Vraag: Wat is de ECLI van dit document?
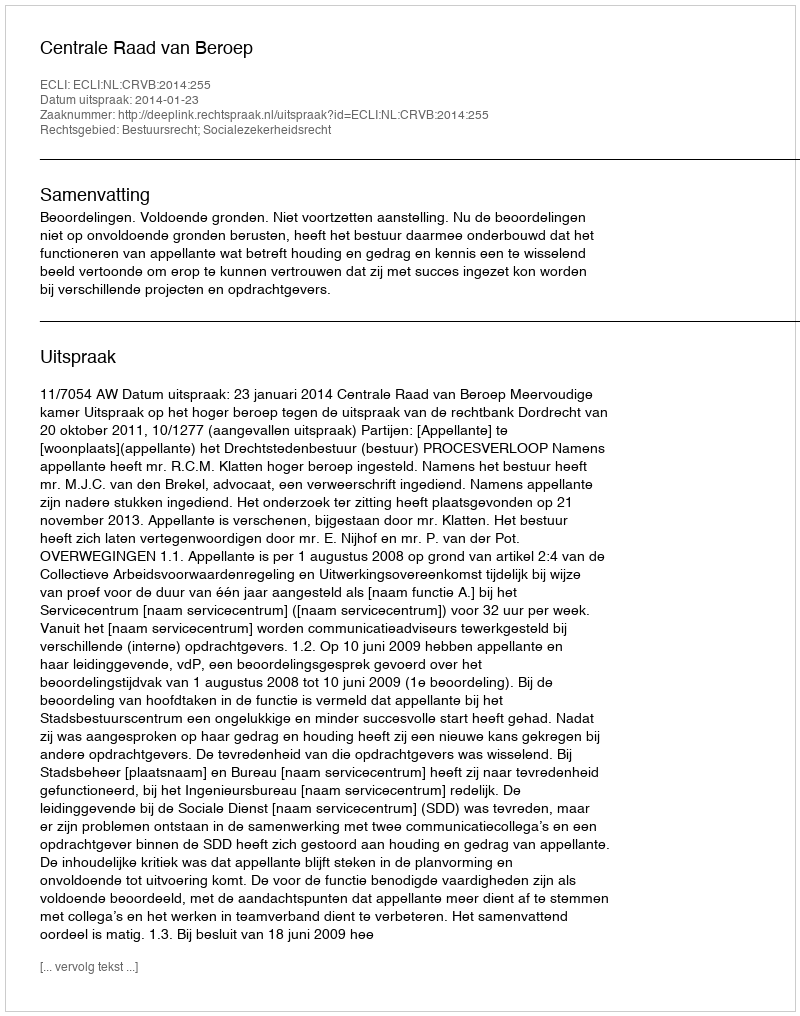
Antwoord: ECLI:NL:CRVB:2014:255